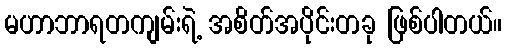
မဟာဘာရတကျမ်းရဲ့ အစိတ်အပိုင်းတခု ဖြစ်ပါတယ်။